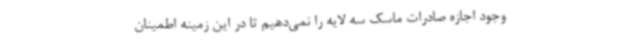
وجود اجازه صادرات ماسک سه لایه را نمی‌دهیم تا در این زمینه اطمینان